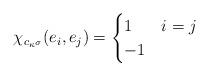
LaTeX: \begin{align*}\chi_{c_{\kappa^\sigma}} ( e_i , e_j ) = \begin{cases} 1 & i = j \\-1 & \end{cases}\end{align*}